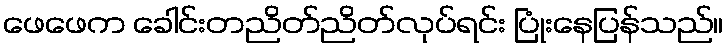
ဖေဖေက ခေါင်းတညိတ်ညိတ်လုပ်ရင်း ပြုံးနေပြန်သည်။